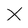
Character: X